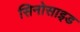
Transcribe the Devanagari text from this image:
सिनोसाइड